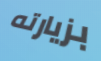
بزيارته